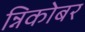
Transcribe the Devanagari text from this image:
न्निकोबर